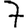
Digit: 7